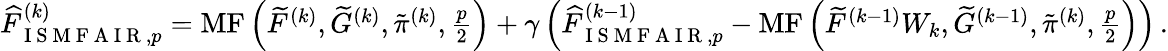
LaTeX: \begin{array}{r}{\widehat{F}_{\mathrm{~I~S~M~F~A~I~R~},p}^{(k)}=\operatorname{MF}\left(\widetilde{F}^{(k)},\widetilde{G}^{(k)},\tilde{\pi}^{(k)},\frac{p}{2}\right)+\gamma\left(\widehat{F}_{\mathrm{~I~S~M~F~A~I~R~},p}^{(k-1)}-\operatorname{MF}\left(\widetilde{F}^{(k-1)}W_{k},\widetilde{G}^{(k-1)},\tilde{\pi}^{(k)},\frac{p}{2}\right)\right)\, .}\end{array}